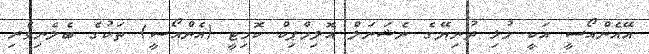
އޭއެންއޯސީ އަކީ މުޅި ދުނިޔޭގެ ނެޝަނަލް އޮލިމްޕިކް ކޮމިޓީ (އެންއޯސީ) ތަކުގެ ބެލެނިވެރި